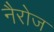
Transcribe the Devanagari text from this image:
नैरोज